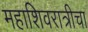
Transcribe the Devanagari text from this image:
महाशिवरात्रीचा